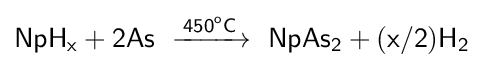
{\mathsf {NpH_{x}+2As\ \xrightarrow {450^{o}C} \ NpAs_{2}+(x/2)H_{2}}}